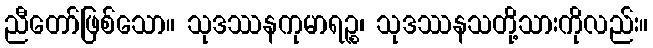
ညီတော်ဖြစ်သော။ သုဒဿနကုမာရဉ္စ၊ သုဒဿနသတို့သားကိုလည်း။